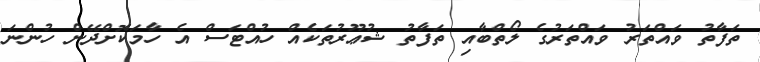
ތަފާތު ވައްތަރު ވައްތަރުގެ ލޯތްބާއި ތަފާތު ޝުޢޫރުތަކެއް ހުއްޓަސް އެ ހާމަކޮށްދޭން ހުންނަ